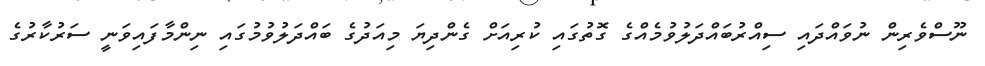
ނޫސްވެރިން ނުވައްދައި ސިއްރުބައްދަލުވުމެއްގެ ގޮތުގައި ކުރިއަށް ގެންދިޔަ މިއަދުގެ ބައްދަލުވުމުގައި ނިންމާފައިވަނީ ސަރުކާރުގެ